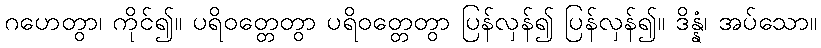
ဂဟေတွာ၊ ကိုင်၍။ ပရိဝတ္တေတွာ ပရိဝတ္တေတွာ ပြန်လှန်၍ ပြန်လှန်၍။ ဒိန္နံ၊ အပ်သော။